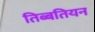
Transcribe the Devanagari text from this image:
तिब्‍बतियन